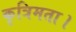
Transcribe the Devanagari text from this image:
कृत्रिमता।